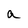
Character: a